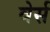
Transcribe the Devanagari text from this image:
वेर्स